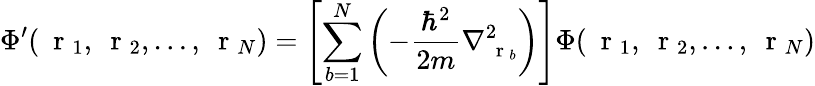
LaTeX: \Phi^{\prime}(\mathrm{~\mathbf~r~}_{1},\mathrm{~\mathbf~r~}_{2},\dots,\mathrm{~\mathbf~r~}_{N})=\left[\sum_{b=1}^{N}\left(-\frac{\hbar^{2}}{2m}\nabla_{\mathrm{~\mathbf~r~}_{b}}^{2}\right)\right]\Phi(\mathrm{~\mathbf~r~}_{1},\mathrm{~\mathbf~r~}_{2},\dots,\mathrm{~\mathbf~r~}_{N})